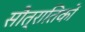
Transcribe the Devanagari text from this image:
सौत्रातिकों